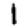
Digit: 1